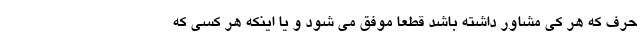
حرف که هر کی مشاور داشته باشد قطعا موفق می شود و یا اینکه هر کسی که